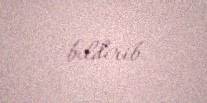
bildirib.